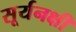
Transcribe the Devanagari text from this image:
सूर्यनक्षी